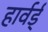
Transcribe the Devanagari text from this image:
हार्वर्ड्